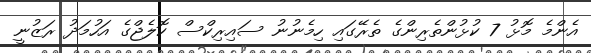
އެންމެ މޮޅު 7 ކުޅުންތެރިންގެ ތެރޭގައި ހިމެނުނު ސައިރިކްސް ކޮލެޖްގެ އަހުމަދު ރަޒުނީ